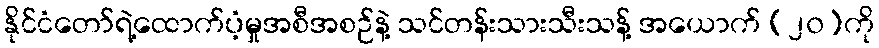
နိုင်ငံတော်ရဲ့ထောက်ပံ့မှုအစီအစဉ်နဲ့ သင်တန်းသားသီးသန့် အယောက် (၂၀)ကို